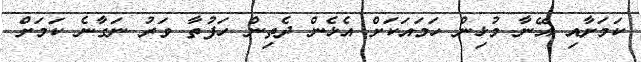
ކަމަށާއި އޭނާ މުޅިން ހަމައަކަށް އެޅެން ދެތިން ހަފުތާ ވަރު ނަގާނެ ކަމަށް